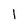
Character: 1